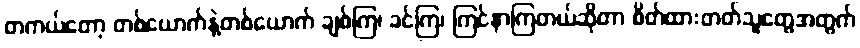
တကယ်တော့ တစ်ယောက်နဲ့တစ်ယောက် ချစ်ကြ၊ ခင်ကြ၊ ကြင်နာကြတယ်ဆိုတာ စိတ်ထားတတ်သူတွေအတွက်